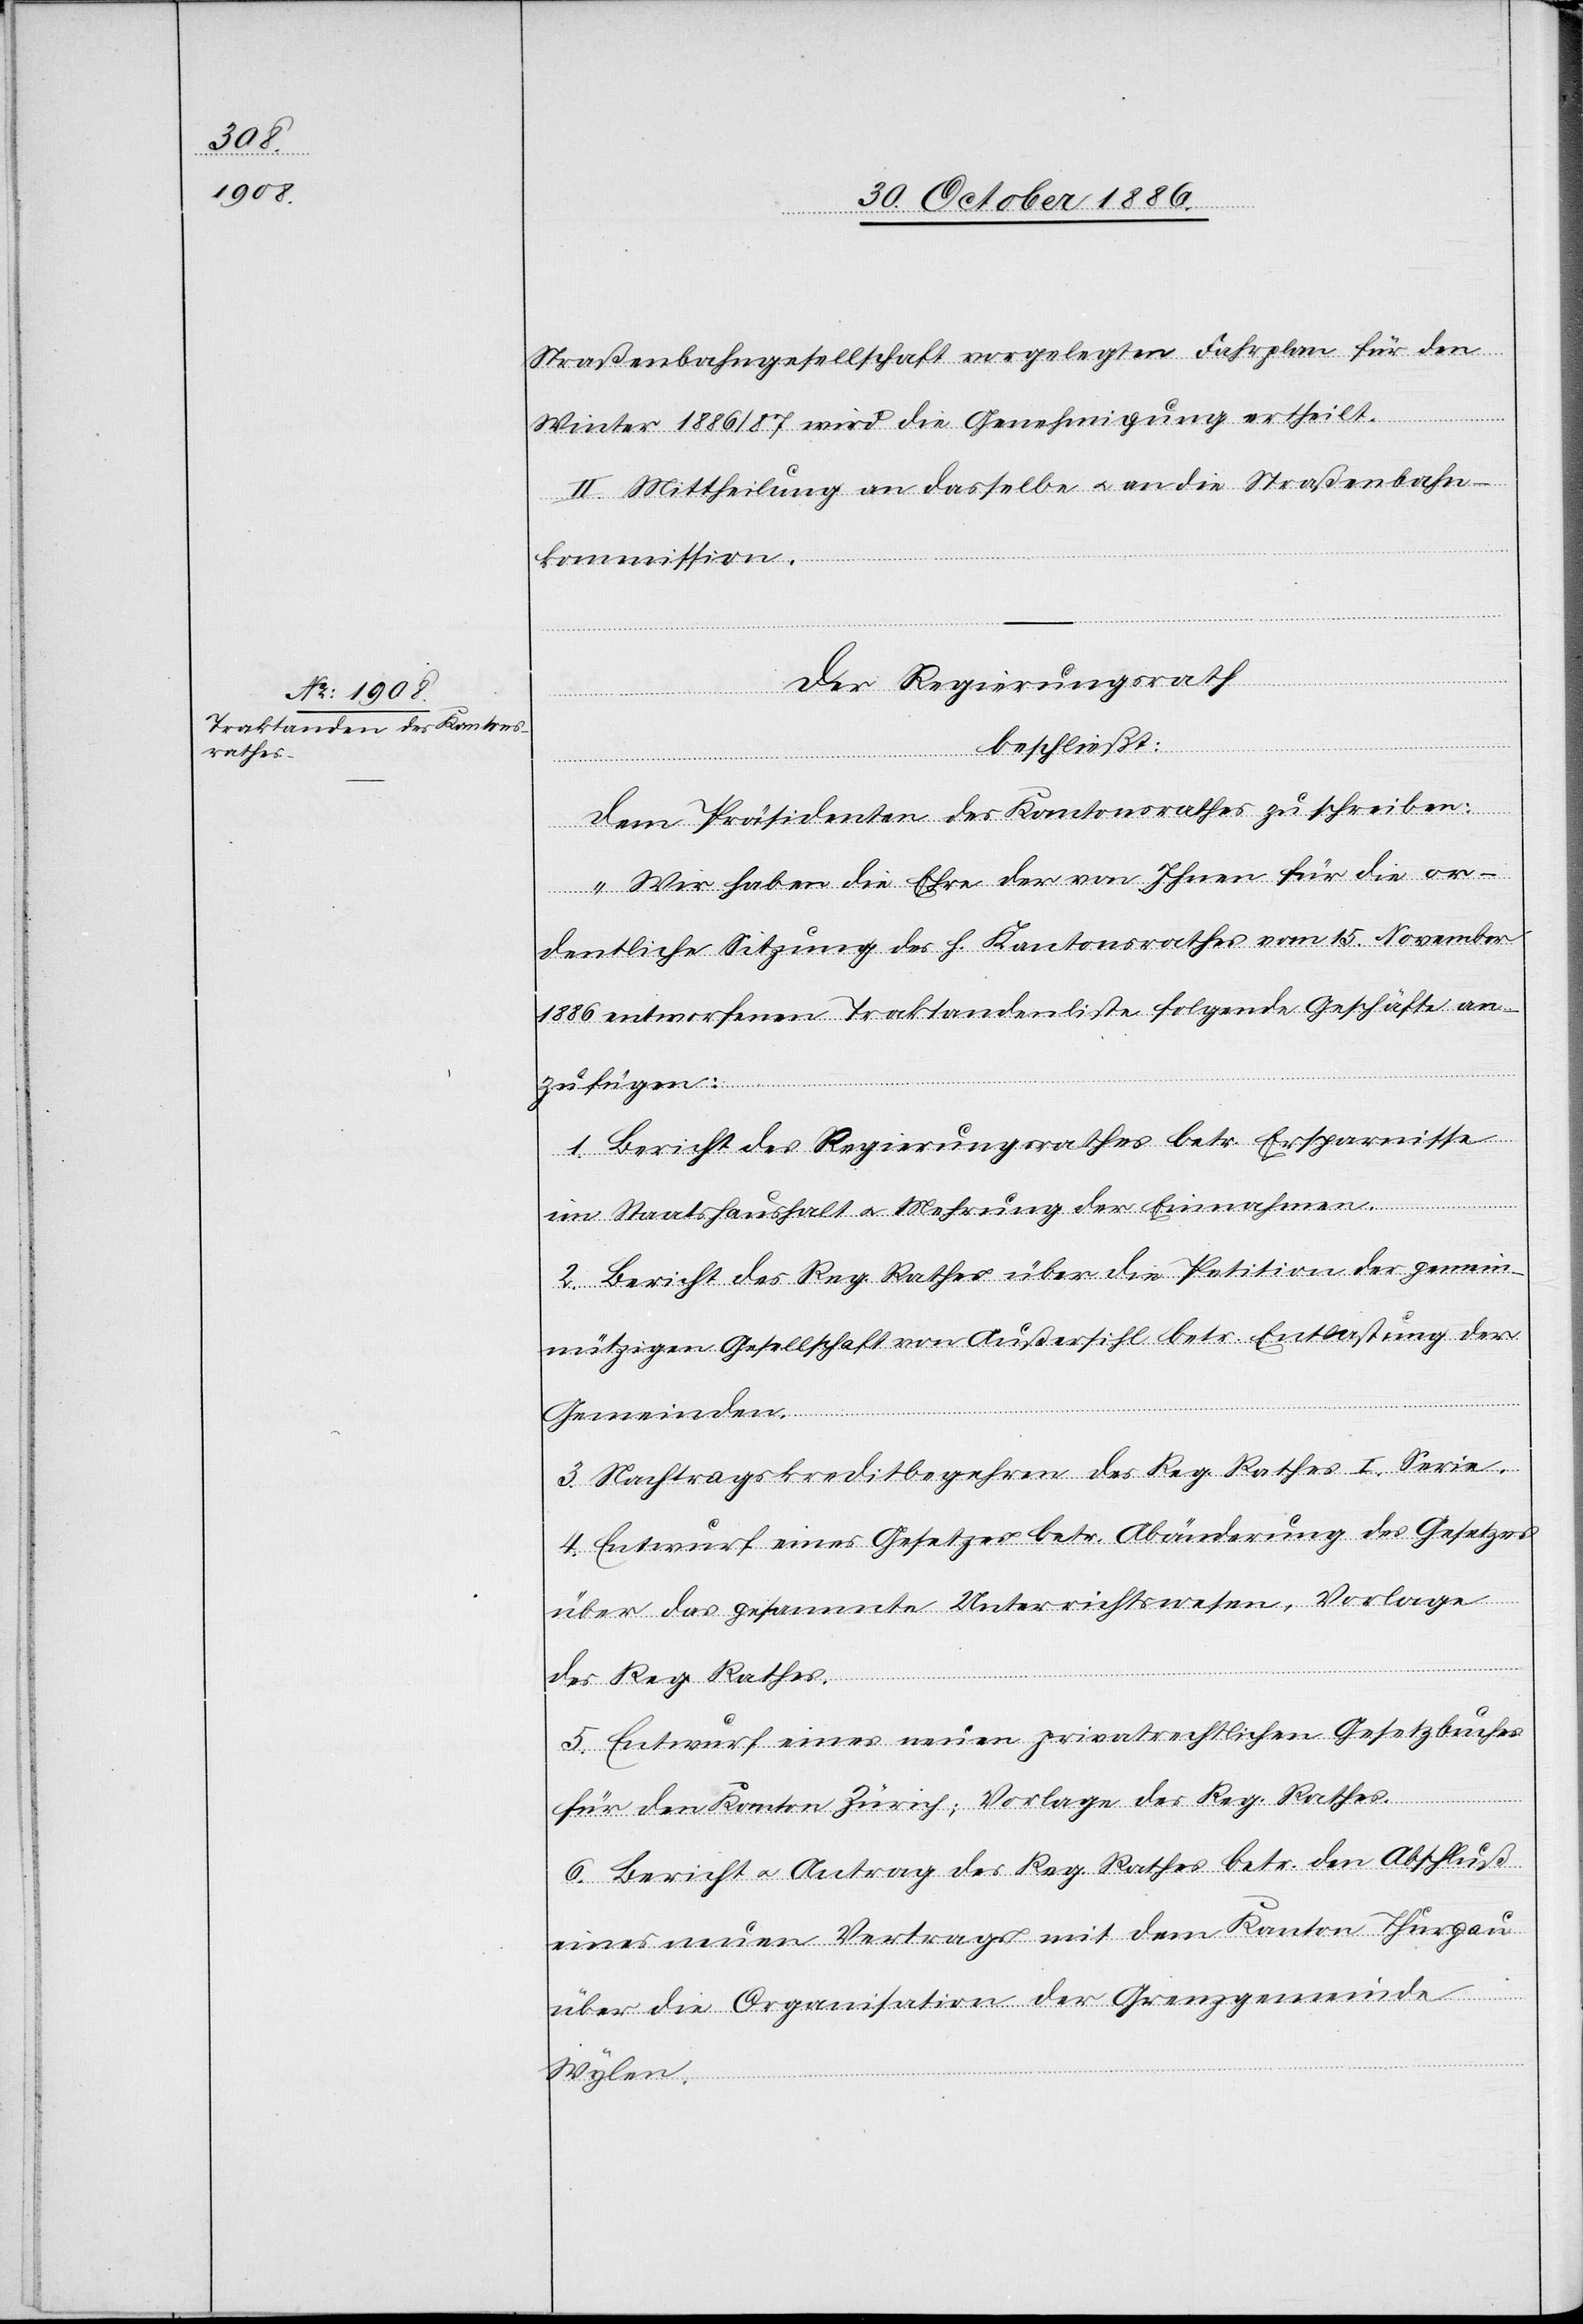
Straßenbahngesellschaft vorgelegten Fahrplan für den
Winter 1886/87 wird die Genehmigung ertheilt.
II. Mittheilung an dasselbe & an die Straßenbahn¬
kommission.
Der Regierungsrath
beschließt:
Dem Präsidenten des Kantonsrathes zu schreiben:
„Wir haben die Ehre der von Ihnen für die or¬
dentliche Sitzung des h. Kantonsrathes vom 15. November
1886 entworfenen Traktandenliste folgende Geschäfte an¬
zufügen:
1. Bericht des Regierungsrathes betr. Ersparnisse
im Staatshaushalt & Mehrung der Einnahmen.
2. Bericht des Reg. Rathes über die Petition der gemein¬
nützigen Gesellschaft von Außersihl betr. Entlastung der
Gemeinden.
3. Nachtragskreditbegehren des Reg. Rathes I. Serie.
4. Entwurf eines Gesetzes betr. Abänderung des Gesetzes
über das gesammte Unterrichtswesen, Vorlage
des Reg. Rathes.
5. Entwurf eines neuen privatrechtlichen Gesetzbuches
für den Kanton Zürich; Vorlage des Reg. Rathes.
6. Bericht & Antrag des Reg. Rathes betr. den Abschluß
eines neuen Vertrags mit dem Kanton Thurgau
über die Organisation der Grenzgemeinde
Wylen.